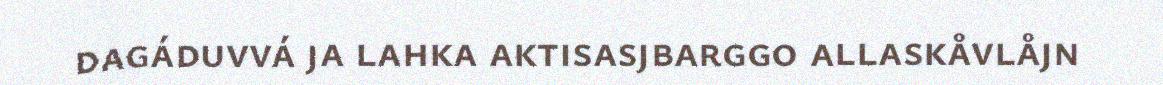
dagáduvvá ja lahka aktisasjbarggo allaskåvlåjn